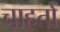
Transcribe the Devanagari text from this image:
चाहतों